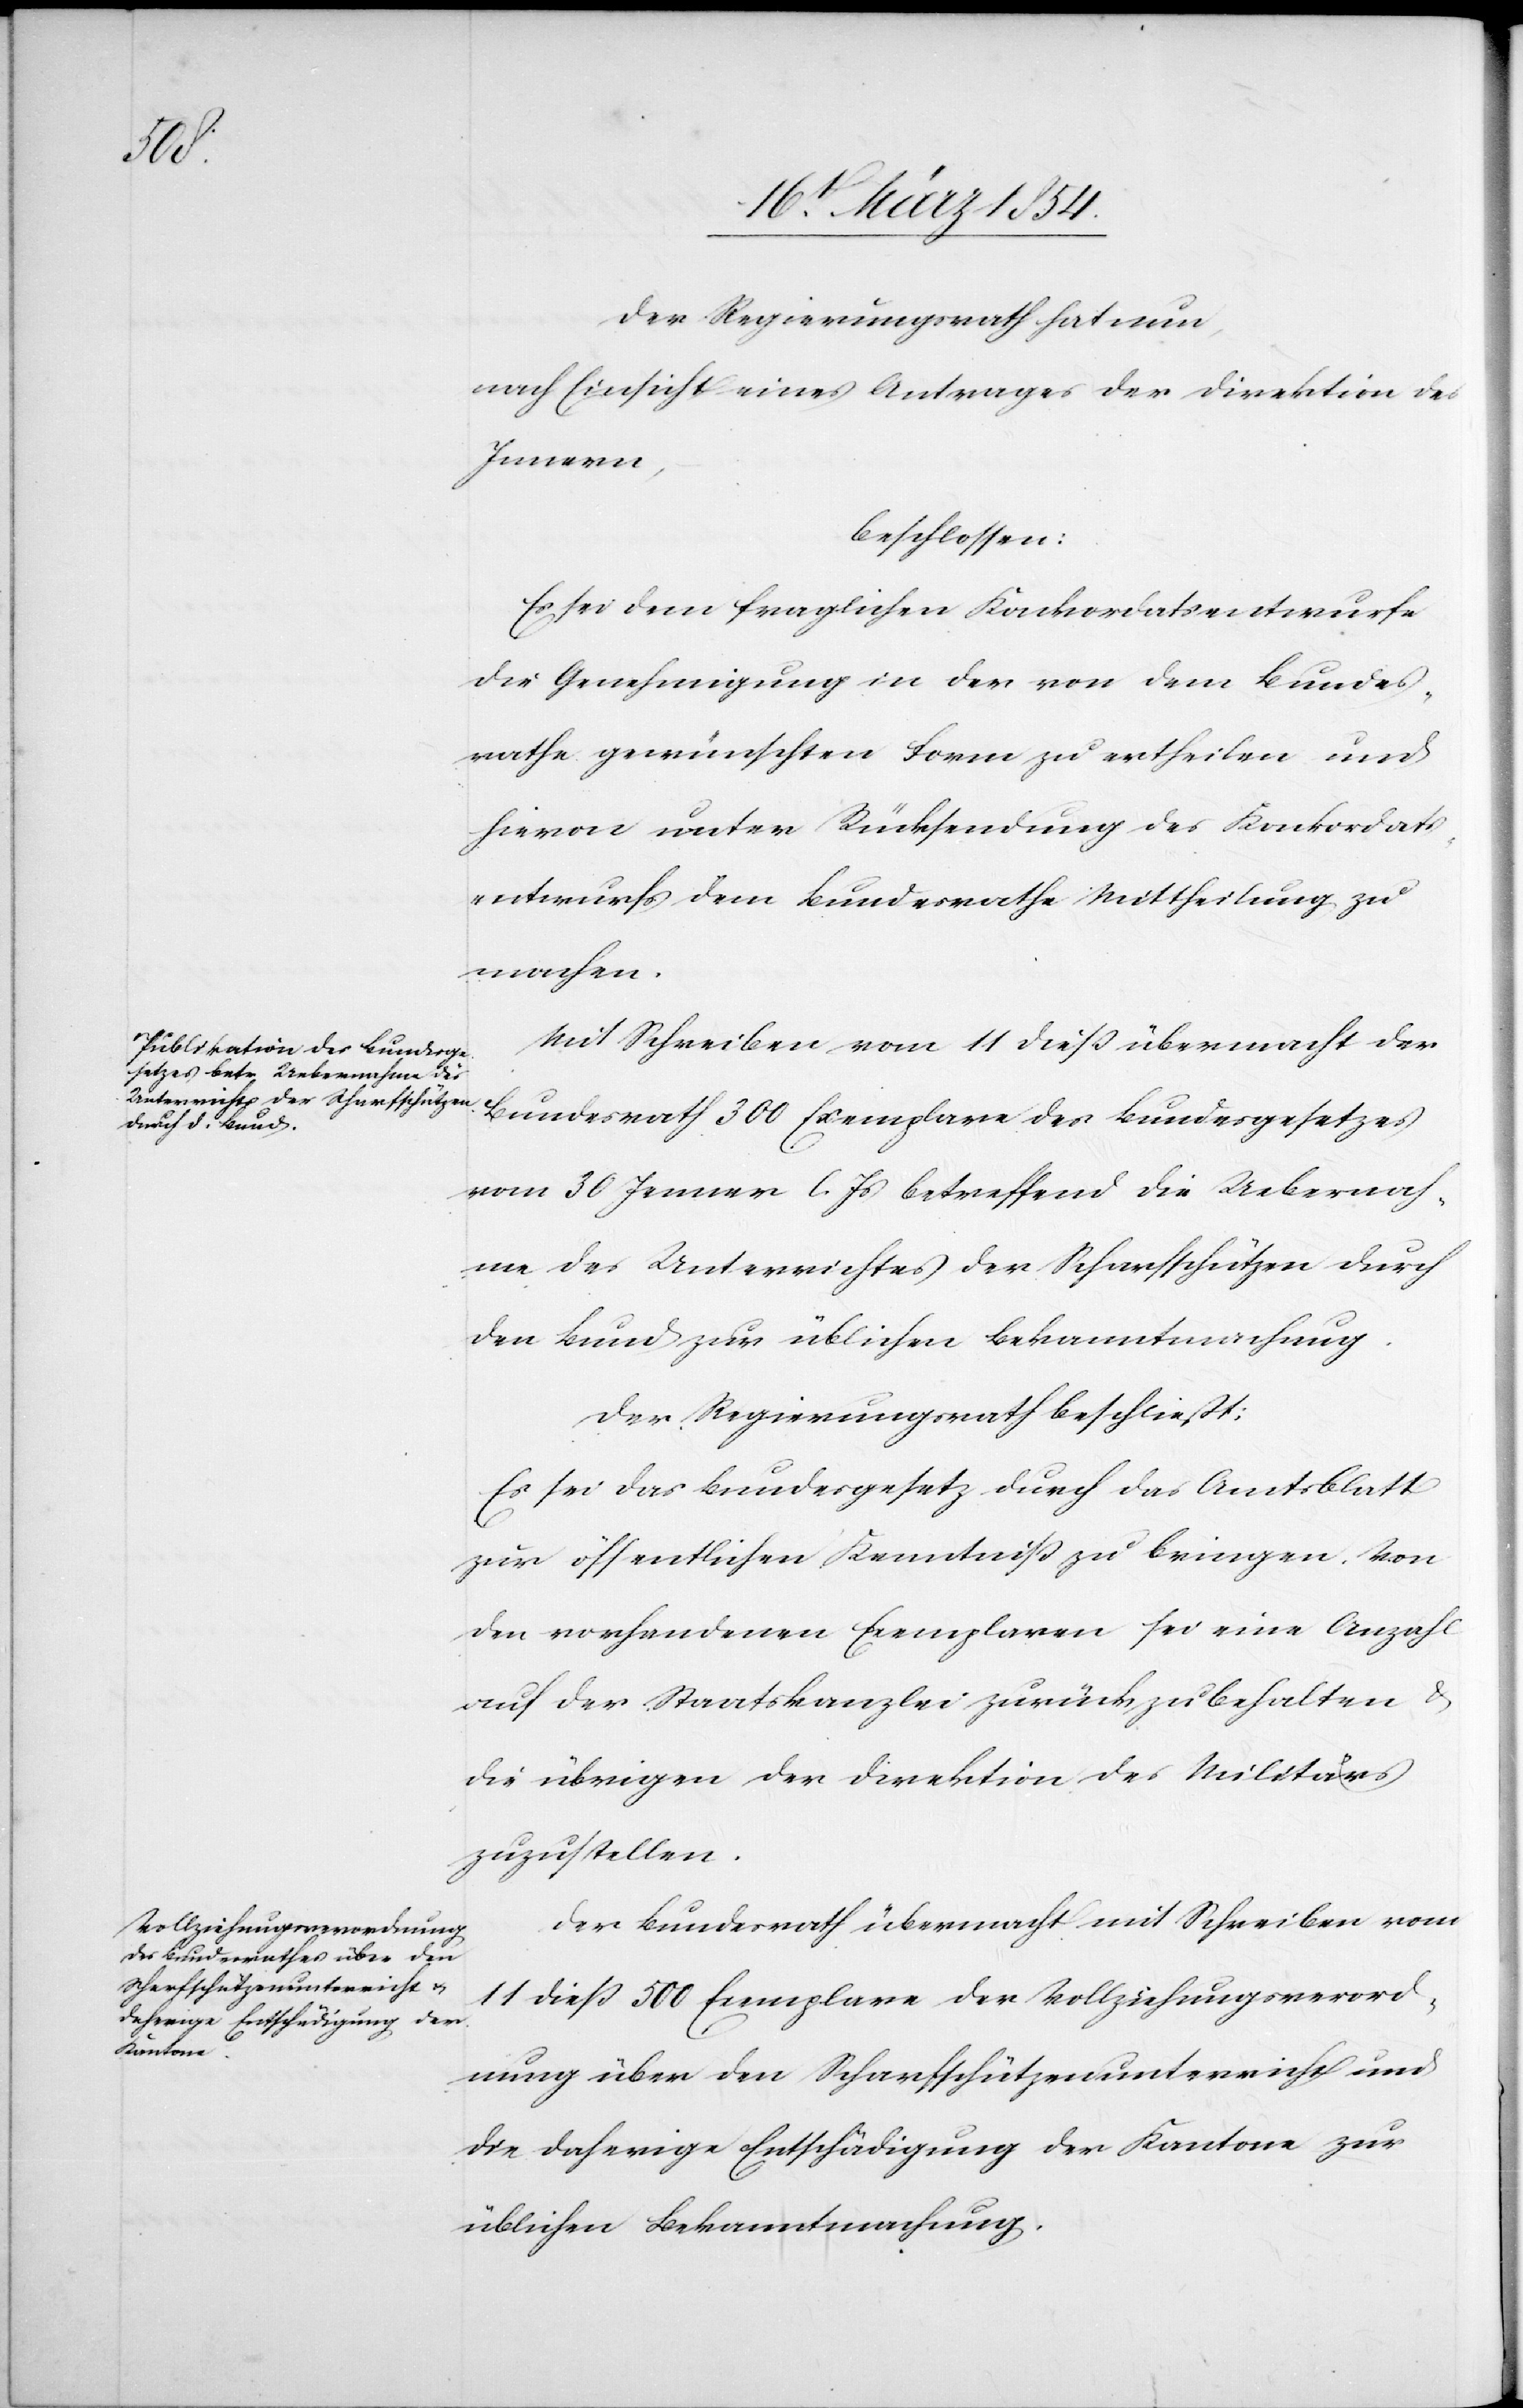
Der Regierungsrath hat nun,
nach Einsicht eines Antrages der Direktion des
Innern,
beschlossen:
Es sei dem fraglichen Konkordatsentwurfe
die Genehmigung in der von dem Bundes¬
rathe gewünschten Form zu ertheilen und
hievon unter Rücksendung des Konkordats¬
entwurfes dem Bundesrathe Mittheilung zu
machen.
Mit Schreiben vom 11 dieß übermacht der
Bundesrath 300 Exemplare des Bundesgesetzes
vom 30 Jenner l. Js betreffend die Uebernah¬
me des Unterrichtes der Scharfschützen durch
den Bund zur üblichen Bekanntmachung.
Der Regierungsrath beschließt:
Es sei das Bundesgesetz durch das Amtsblatt
zur öffentlichen Kenntniß zu bringen. Von
den vorhandenen Exemplaren sei eine Anzahl
auf der Staatskanzlei zurück zu behalten &
die übrigen der Direktion des Militärs
zuzustellen.
Der Bundesrath übermacht mit Schreiben vom
11 dieß 500 Exemplare der Vollziehungsverord¬
nung über den Scharfschützenunterricht und
die daherige Entschädigung der Kantone zur
üblichen Bekanntmachung.